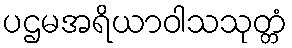
ပဌမအရိယာဝါသသုတ္တံ